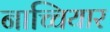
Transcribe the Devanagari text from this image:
नाच्चियार